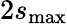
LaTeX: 2s_{\mathrm{max}}